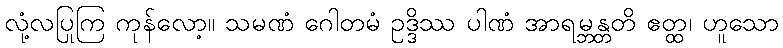
လုံ့လပြုကြ ကုန်လော့။ သမဏံ ဂေါတမံ ဥဒ္ဒိဿ ပါဏံ အာရမ္ဘန္တတိ ဧတ္ထ၊ ဟူသော